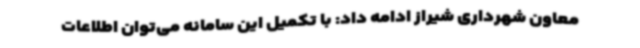
معاون شهرداری شیراز ادامه داد: با تکمیل این سامانه می‌توان اطلاعات